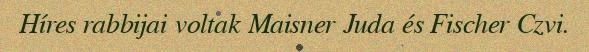
Híres rabbijai voltak Maisner Juda és Fischer Czvi.